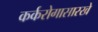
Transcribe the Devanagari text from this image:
कर्करोगासारखे